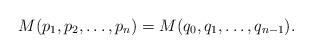
LaTeX: \begin{align*}M(p_1, p_2, \ldots, p_n)=M(q_0, q_1, \ldots, q_{n-1}).\end{align*}